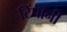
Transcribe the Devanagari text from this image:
टिंपानी